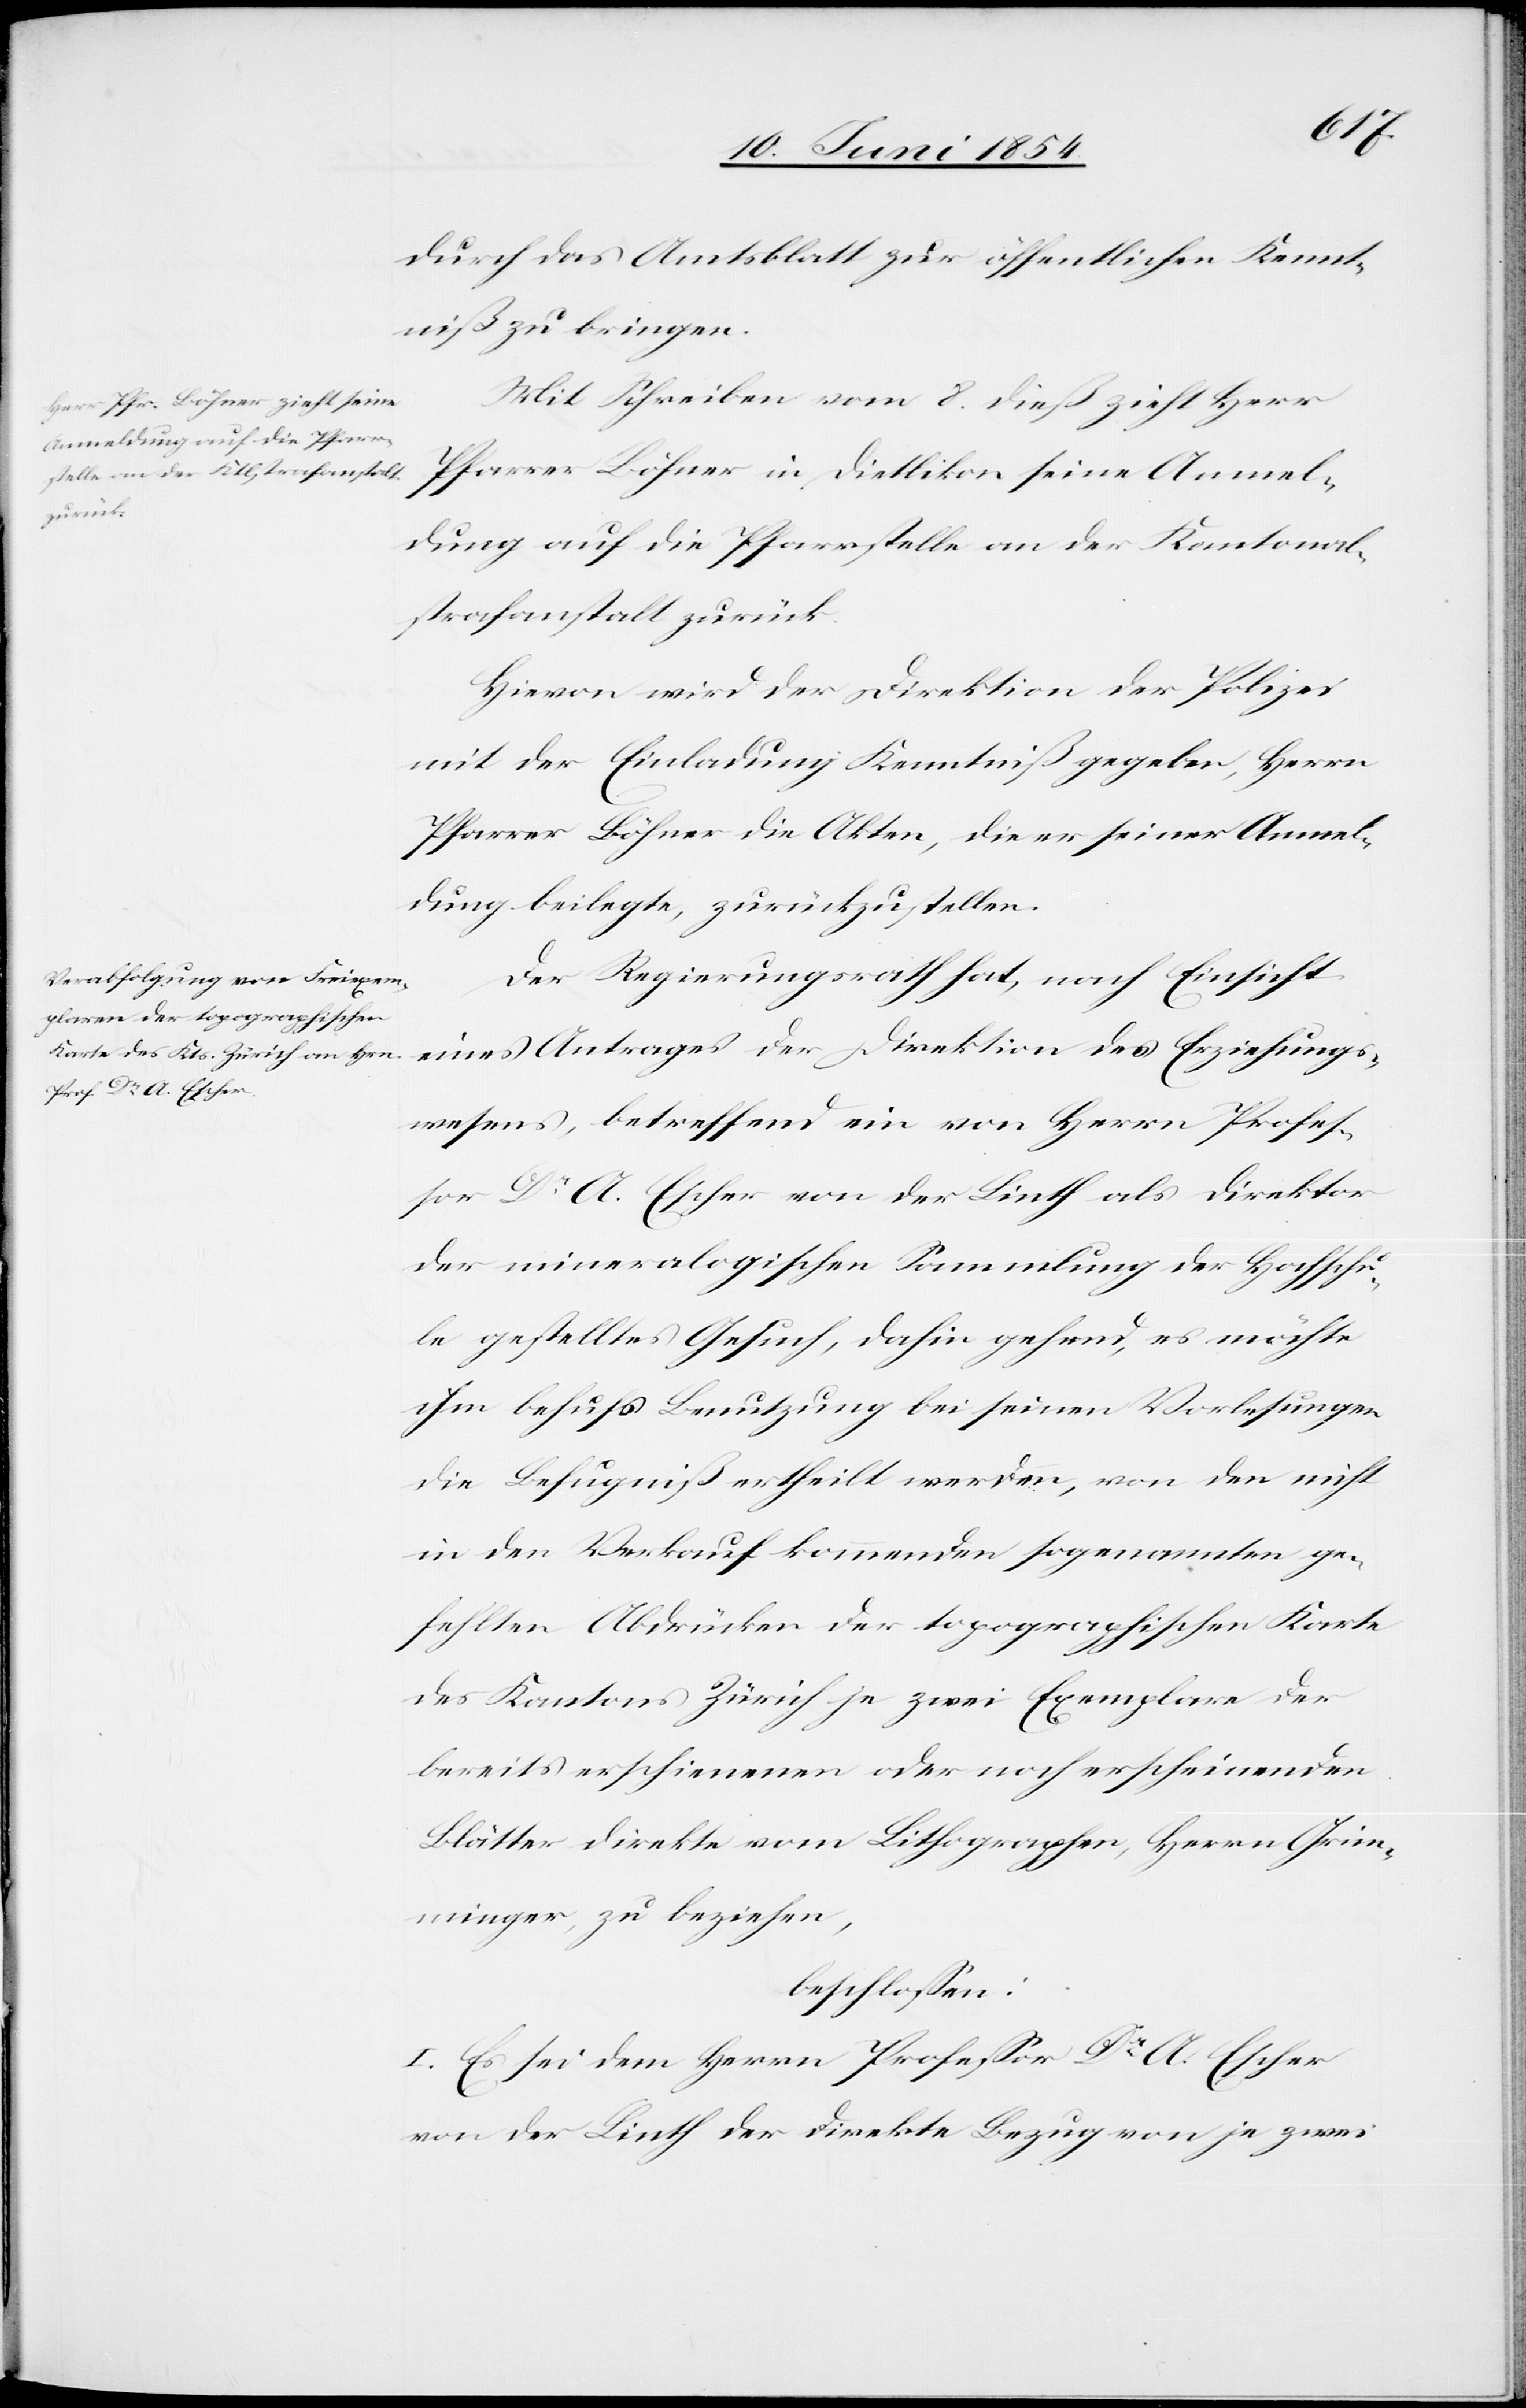
durch das Amtsblatt zur öffentlichen Kennt¬
niß zu bringen.
Mit Schreiben vom 8. dieß zieht Herr
Pfarrer Böhner in Dietlikon seine Anmel¬
Erziehungs¬
dung auf die Pfarrstelle an der Kantonal¬
strafanstalt zurück.
Hievon wird der Direktion der Polizei
mit der Einladung Kenntniß gegeben, Herrn
Pfarrer Böhner die Akten, die er seiner Anmel¬
dung beilegte, zurückzustellen.
Der Regierungsrath hat, nach Einsicht
wesens, betreffend ein von Herrn Profeß¬
or Dr A. Escher von der Linth als Direktor
der mineralogischen Sammlung der Hochschu¬
le gestelltes Gesuch, dahin gehend, es möchte
ihm behufs Benutzung bei seinen Vorlesungen
die Befugniß ertheilt werden, von den nicht
in den Verkauf kommenden sogenannten ge¬
fehlten Abdrücken der topographischen Karte
des Kantons Zürich je zwei Exemplare der
bereits erschienen oder noch erscheinenden
Blätter direkte vom Lithographen, Herrn Grim¬
minger, zu beziehen,
beschloßen:
I. Es ei dem Herrn Profeßor Dr A. Escher
von der Linth der direkte Bezug von je zwei